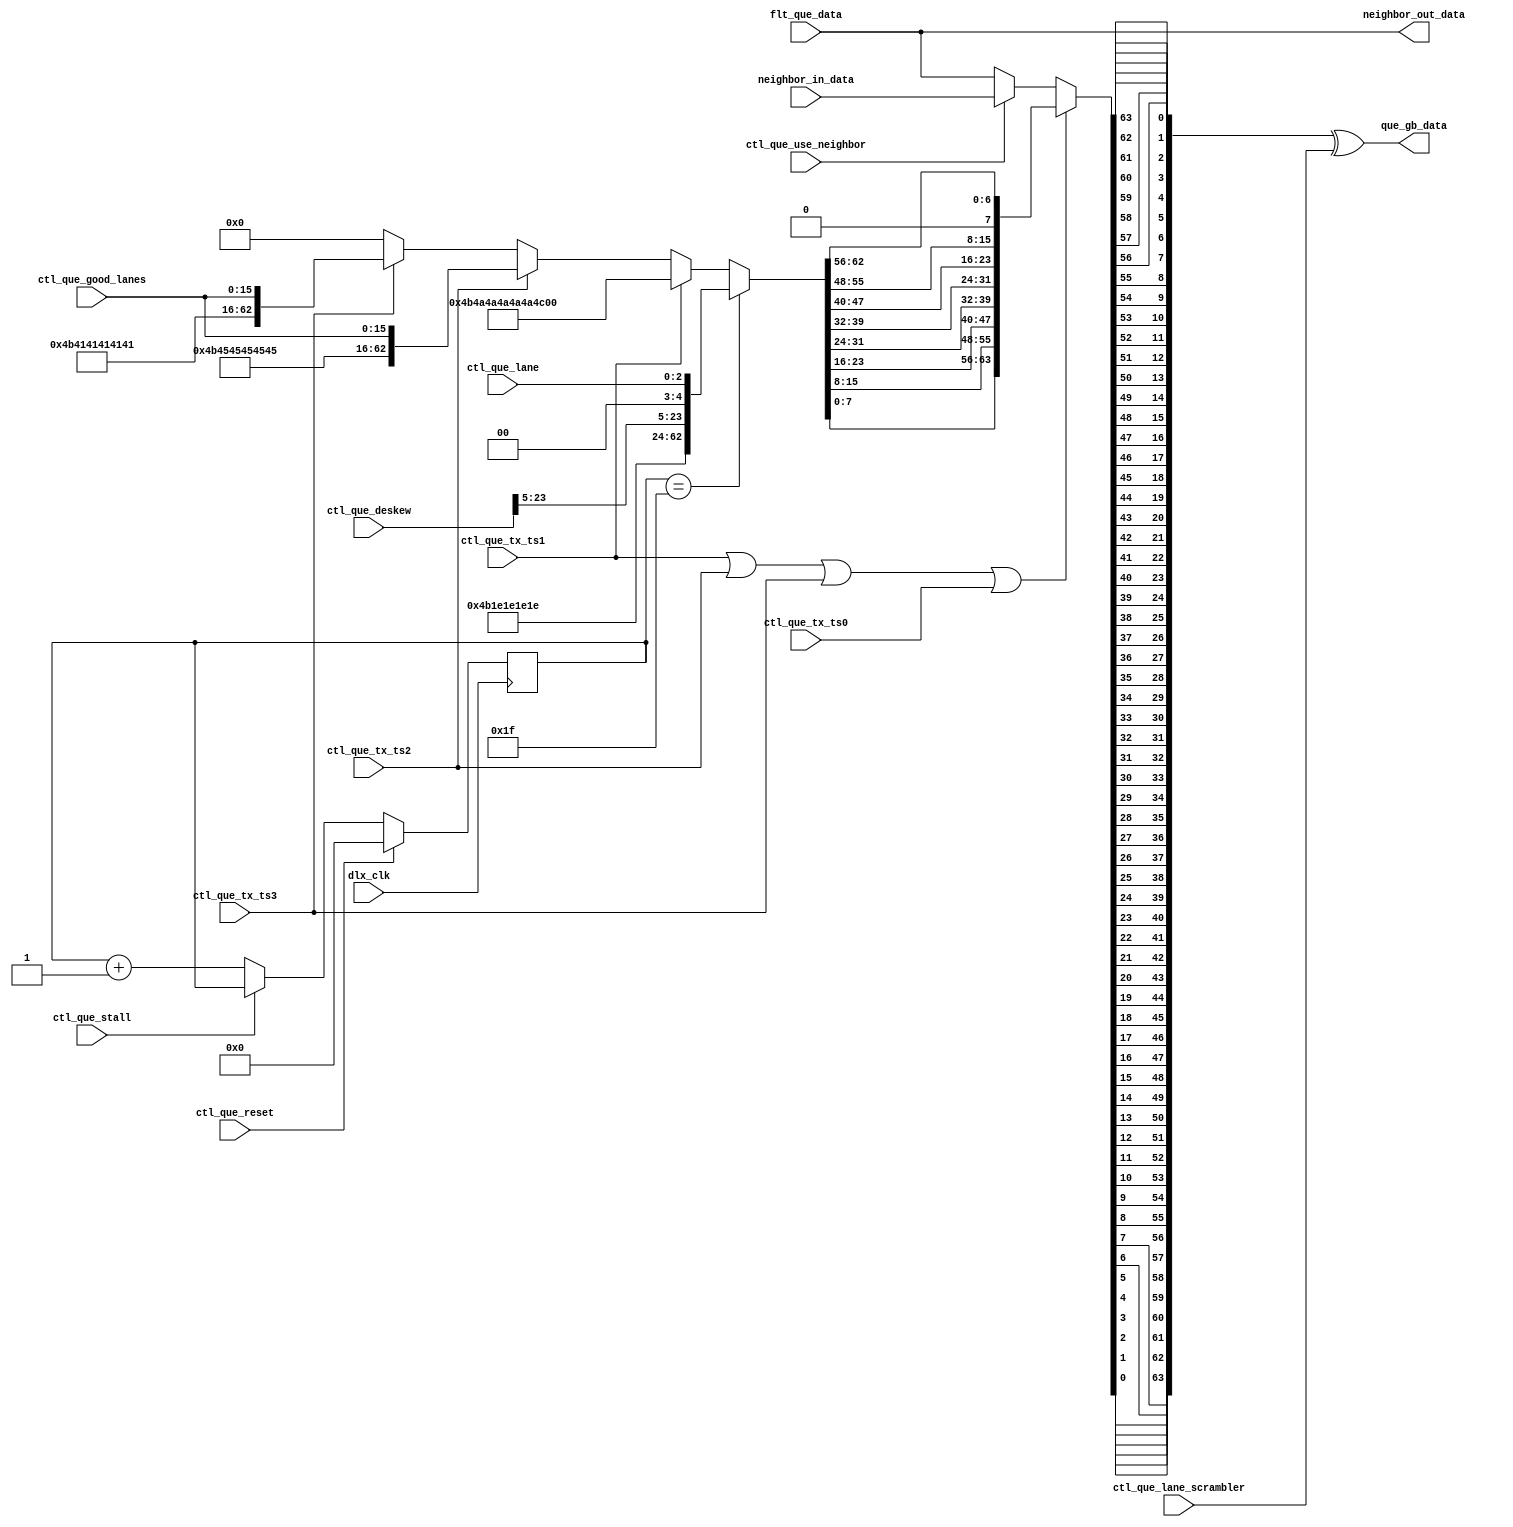
// *!***************************************************************************
// *! Copyright 2019 International Business Machines
// *!
// *! Licensed under the Apache License, Version 2.0 (the "License");
// *! you may not use this file except in compliance with the License.
// *! You may obtain a copy of the License at
// *! http://www.apache.org/licenses/LICENSE-2.0 
// *!
// *! The patent license granted to you in Section 3 of the License, as applied
// *! to the "Work," hereby includes implementations of the Work in physical form.  
// *!
// *! Unless required by applicable law or agreed to in writing, the reference design
// *! distributed under the License is distributed on an "AS IS" BASIS,
// *! WITHOUT WARRANTIES OR CONDITIONS OF ANY KIND, either express or implied.
// *! See the License for the specific language governing permissions and
// *! limitations under the License.
// *! 
// *! The background Specification upon which this is based is managed by and available from
// *! the OpenCAPI Consortium.  More information can be found at https://opencapi.org. 
// *!***************************************************************************
//------------------------------------------------------------------------
//--
//-- TITLE:    ocx_dlx_tx_que.v
//-- FUNCTION: Queues TS/Deskew data or flits to transmit on a per lane
//--           basis
//--
//------------------------------------------------------------------------

module ocx_dlx_tx_que (
    
     ctl_que_lane                         // -- <  input  [2:0]

    ,ctl_que_reset                        // -- <  input        // ---- run and valid need to be set to get clock gating to work when reset is active.
    ,ctl_que_stall                        // -- <  input        // ---- run and valid need to be set to get clock gating to work when reset is active.

    ,flt_que_data                        // -- <  input  [63:0]

    ,ctl_que_use_neighbor                 // -- <  input    
    ,neighbor_in_data                     // -- <  input  [63:0]
    ,neighbor_out_data                    // -- >  output [63:0]
 
    // ---- training signals
    ,ctl_que_tx_ts0                       // -- <  input     // ---- control header with all zero data.  
    ,ctl_que_tx_ts1                       // -- <  input    
    ,ctl_que_tx_ts2                       // -- <  input   
    ,ctl_que_tx_ts3                       // -- <  input   
    ,ctl_que_good_lanes                   // -- <  input  [15:0]
    ,ctl_que_deskew                       // -- <  input  [23:0]    
    ,ctl_que_lane_scrambler               // -- <  input  [63:0]

    ,que_gb_data                          // -- >  output [63:0]

  //--   ,gnd                                  // -- <> inout
  //--   ,vdn                                  // -- <> inout
    ,dlx_clk                             // -- <  input  
    );

    input  [2:0]  ctl_que_lane;

    input         ctl_que_reset;
    input         ctl_que_stall;

    input  [63:0] flt_que_data;

    output [63:0] que_gb_data;

    input         ctl_que_use_neighbor;
    input  [63:0] neighbor_in_data;
    output [63:0] neighbor_out_data;

    // ---- traing signals
    input         ctl_que_tx_ts0;
    input         ctl_que_tx_ts1;
    input         ctl_que_tx_ts2;
    input         ctl_que_tx_ts3;
    input [15:0]  ctl_que_good_lanes;   
    input [23:0]  ctl_que_deskew;
    input [63:0]  ctl_que_lane_scrambler;

    input dlx_clk;
//--     inout gnd;

//--     (* GROUND_PIN="1" *)
//--     wire gnd;

//--     inout vdn;
//--     (* POWER_PIN="1" *)
//--     wire vdn;

function [7:0] reverse8 (input [7:0] forward);
  integer i;
  for (i=0; i<=7; i=i+1)
    reverse8[7-i] = forward[i];
endfunction
// -- begin logic here
    wire [63:0]  dl_train_pattern;
    wire [63:0]  dl_train_pattern_rev;
    wire [63:0]  next_data;
    wire [4:0]   ts_count_din;
    reg  [4:0]   ts_count_q;
    wire         dl_training;
    wire         tp_deskew;  // -- training pattern of deskew

    assign ts_count_din[4:0]      = ctl_que_reset ? 5'b00000            :    //-- reset training count to zero when the link is reset
                                    ctl_que_stall ? ts_count_q[4:0]     :    //-- stall counter when gearbox needs to catch up
                                                    ts_count_q[4:0] + 5'b00001 ; 

    assign tp_deskew              = ts_count_q[4:0] == 5'b11111;   //-- send deskew pattern every 32 training set patterns

    assign dl_train_pattern[63:0] = tp_deskew        ? {40'h4B1E1E1E1E, ctl_que_deskew[23:5], 2'b00, ctl_que_lane[2:0]} :    // -- deskew pattern
                                    ctl_que_tx_ts1   ?  64'h4B4A4A4A4A4A4A4A                                           :    // -- TS1 pattern
                                    ctl_que_tx_ts2   ? {48'h4B4545454545, ctl_que_good_lanes[15:0]}                    :    // -- TS2 pattern
                                    ctl_que_tx_ts3   ? {48'h4B4141414141, ctl_que_good_lanes[15:0]}                    :    // -- TS3 pattern
                                                       64'h0000000000000000                                            ;

    assign dl_train_pattern_rev[63:0] = {dl_train_pattern[7:0]  ,dl_train_pattern[15:8] ,dl_train_pattern[23:16],dl_train_pattern[31:24],
                                         dl_train_pattern[39:32],dl_train_pattern[47:40],dl_train_pattern[55:48],dl_train_pattern[63:56]};

    assign next_data[63:0]        = dl_training            ?  dl_train_pattern_rev[63:0]   :      //-- training patterns
                                    ctl_que_use_neighbor   ?  neighbor_in_data[63:0]       :      //-- x4 degradation mode  -- steal from neighbors location
                                                              flt_que_data[63:0];

    assign dl_training            = ctl_que_tx_ts1 | ctl_que_tx_ts2 | ctl_que_tx_ts3 | ctl_que_tx_ts0;

    assign neighbor_out_data[63:0]  = flt_que_data[63:0];

    assign que_gb_data[63:0]      = {reverse8(next_data[ 7: 0]),
                                       reverse8(next_data[15: 8]),
                                       reverse8(next_data[23:16]),
                                       reverse8(next_data[31:24]),
                                       reverse8(next_data[39:32]),
                                       reverse8(next_data[47:40]),
                                       reverse8(next_data[55:48]),
                                       reverse8(next_data[63:56])} ^ ctl_que_lane_scrambler[63:0]; //-- reverse each byte and then scramble


always @(posedge (dlx_clk)) begin
   ts_count_q[4:0]    <= ts_count_din[4:0];
end

endmodule // -- ocx_dlx_tx_que